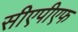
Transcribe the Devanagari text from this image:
सीएपीएफ